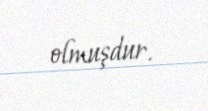
olmuşdur.